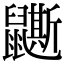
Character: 𪖉